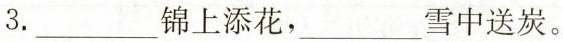
3.___锦上添花，___雪中送炭。